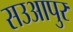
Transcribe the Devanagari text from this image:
सउआपुर